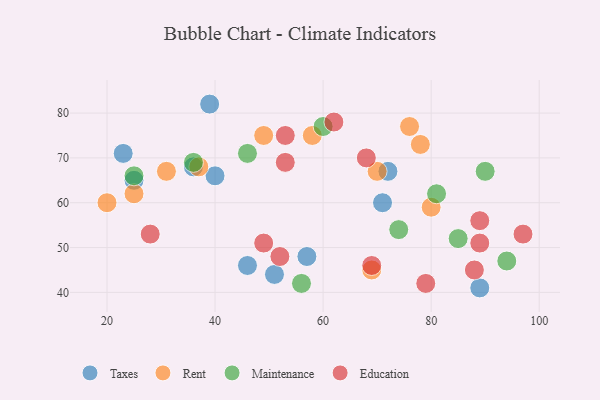
{"axis": {"x": "GDP", "y": "Life Expectancy"}, "legend": ["Education", "Maintenance", "Rent", "Taxes"], "data": [{"x": "51", "y": 44, "type": "Taxes"}, {"x": "25", "y": 65, "type": "Taxes"}, {"x": "89", "y": 41, "type": "Taxes"}, {"x": "46", "y": 46, "type": "Taxes"}, {"x": "39", "y": 82, "type": "Taxes"}, {"x": "36", "y": 68, "type": "Taxes"}, {"x": "57", "y": 48, "type": "Taxes"}, {"x": "71", "y": 60, "type": "Taxes"}, {"x": "40", "y": 66, "type": "Taxes"}, {"x": "23", "y": 71, "type": "Taxes"}, {"x": "72", "y": 67, "type": "Taxes"}, {"x": "78", "y": 73, "type": "Rent"}, {"x": "49", "y": 75, "type": "Rent"}, {"x": "31", "y": 67, "type": "Rent"}, {"x": "25", "y": 62, "type": "Rent"}, {"x": "69", "y": 45, "type": "Rent"}, {"x": "76", "y": 77, "type": "Rent"}, {"x": "20", "y": 60, "type": "Rent"}, {"x": "70", "y": 67, "type": "Rent"}, {"x": "80", "y": 59, "type": "Rent"}, {"x": "58", "y": 75, "type": "Rent"}, {"x": "37", "y": 68, "type": "Rent"}, {"x": "25", "y": 66, "type": "Maintenance"}, {"x": "74", "y": 54, "type": "Maintenance"}, {"x": "85", "y": 52, "type": "Maintenance"}, {"x": "36", "y": 69, "type": "Maintenance"}, {"x": "94", "y": 47, "type": "Maintenance"}, {"x": "56", "y": 42, "type": "Maintenance"}, {"x": "46", "y": 71, "type": "Maintenance"}, {"x": "81", "y": 62, "type": "Maintenance"}, {"x": "60", "y": 77, "type": "Maintenance"}, {"x": "90", "y": 67, "type": "Maintenance"}, {"x": "89", "y": 56, "type": "Education"}, {"x": "69", "y": 46, "type": "Education"}, {"x": "53", "y": 75, "type": "Education"}, {"x": "28", "y": 53, "type": "Education"}, {"x": "97", "y": 53, "type": "Education"}, {"x": "89", "y": 51, "type": "Education"}, {"x": "68", "y": 70, "type": "Education"}, {"x": "52", "y": 48, "type": "Education"}, {"x": "49", "y": 51, "type": "Education"}, {"x": "62", "y": 78, "type": "Education"}, {"x": "79", "y": 42, "type": "Education"}, {"x": "53", "y": 69, "type": "Education"}, {"x": "88", "y": 45, "type": "Education"}]}